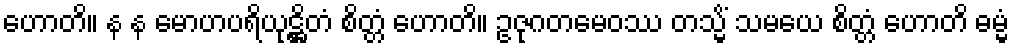
ဟောတိ။ န န မောဟပရိယုဋ္ဌိတံ စိတ္တံ ဟောတိ။ ဥဇုဂတမေဝဿ တသ္မိံ သမယေ စိတ္တံ ဟောတိ ဓမ္မံ